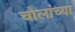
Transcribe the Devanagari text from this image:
चोलांच्या